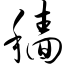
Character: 穑